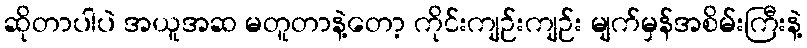
ဆိုတာပါပဲ အယူအဆ မတူတာနဲ့တော့ ကိုင်းကျဉ်းကျဉ်း မျက်မှန်အစိမ်းကြီးနဲ့